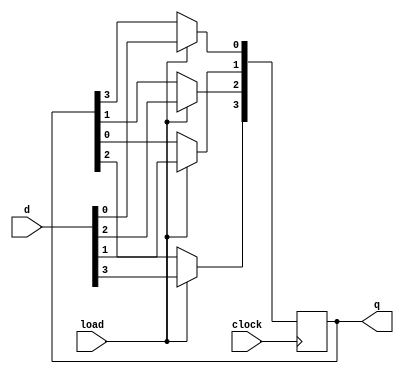
module Lab2 (d, q, load, clock);
input load, clock;
input [3:0] d;
output reg [3:0] q;
always @ (posedge clock)
begin
     if (load)
         q = d;
     else
     begin
          q[0] <= q[3];
          q[3] <= q[2];
          q[2] <= q[1];
          q[1] <= q[0];
     end
end
endmodule